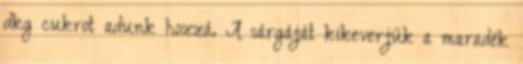
dkg cukrot adunk hozzá. A sárgáját kikeverjük a maradék